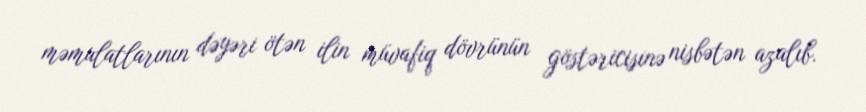
məmulatlarının dəyəri ötən ilin müvafiq dövrünün göstəricisinə nisbətən azalıb.